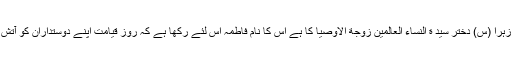
ارشاد ہوا وہ نور فاطمہ زہرا (س) دختر سید ة النساء العالمین زوجة الاوصیا کا ہے اس کا نام فاطمہ اس لئے رکھا ہے کہ روز قیامت اپنے دوستداران کو آتش جہنم سے چھڑائے گی۔